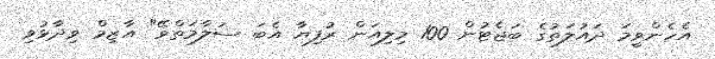
އެހެންވީމަ ދައުލަތުގެ ބަޖެޓުން 100 މިލިއަން ރުފިޔާ އެބަ ސަލާމަތްވޭ" އާޒިމް ވިދާޅުވި